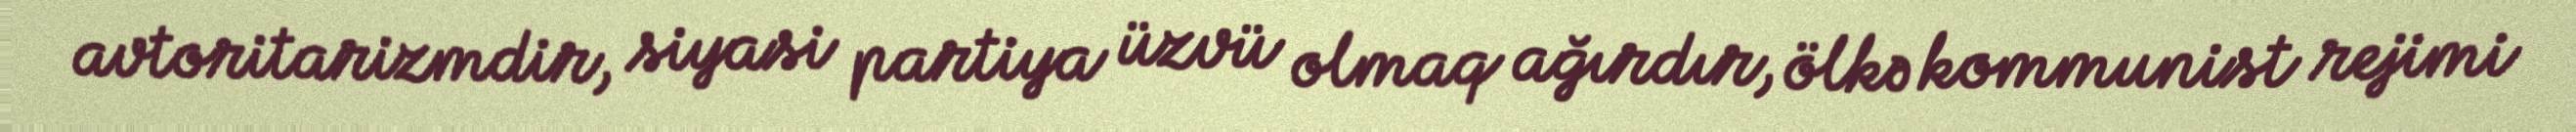
avtoritarizmdir, siyasi partiya üzvü olmaq ağırdır, ölkə kommunist rejimi